Vaccination North-Western Provinces and Oudh 1878-1895 - 1878-1895
Year: 1878
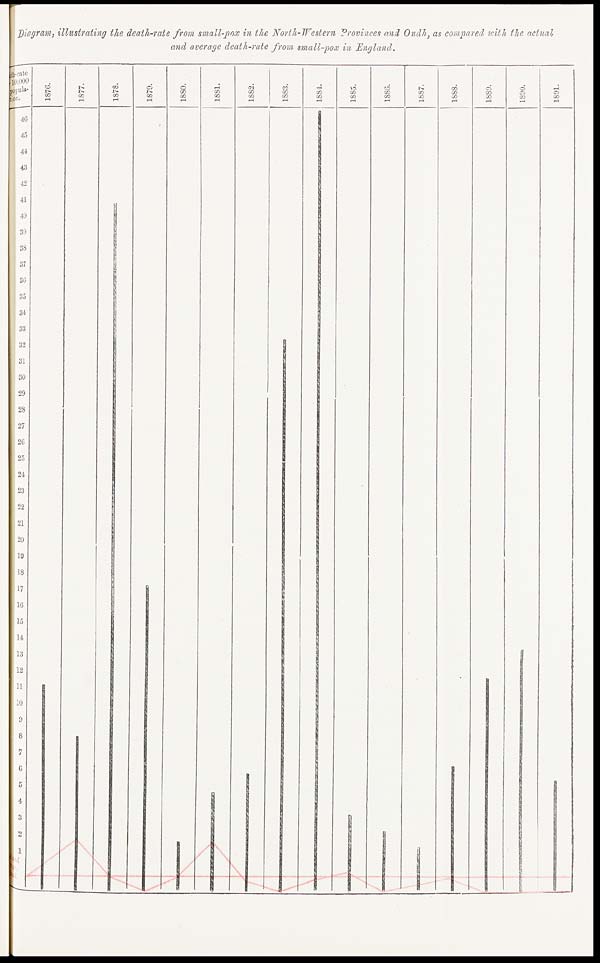
Diagram, illustrating the death-rate from small-pox in the North-Western Provinces and Oudh, as compared with the actual
and average death-rate from small-pox in England.